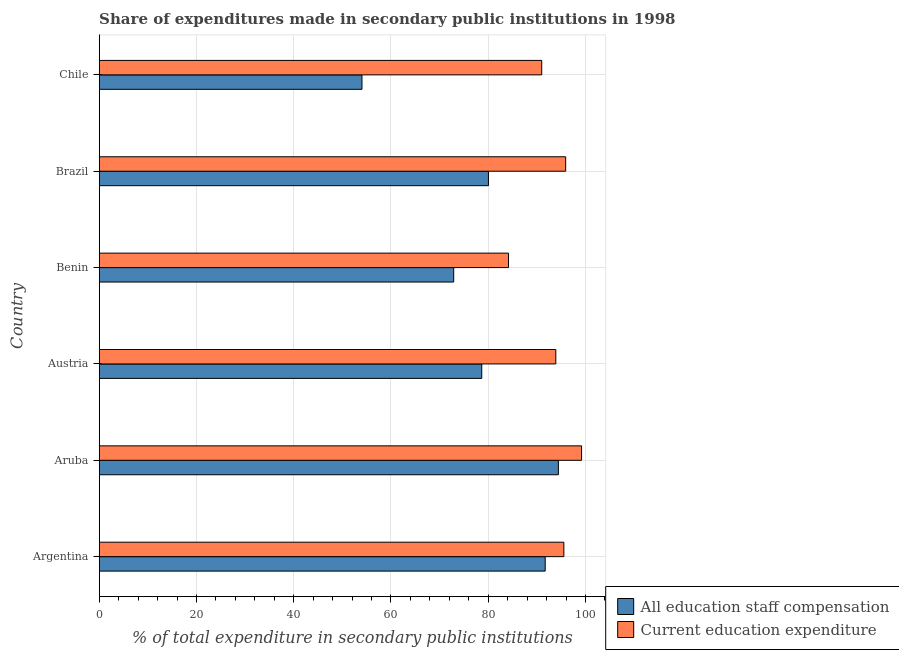
| Country | All education staff compensation | Current education expenditure |
 | --- | --- | --- |
 | Argentina | 91.7 | 95.5 |
 | Aruba | 94.4 | 99.2 |
 | Austria | 78.7 | 93.9 |
 | Benin | 72.9 | 84.2 |
 | Brazil | 80 | 95.9 |
 | Chile | 54 | 91 |